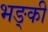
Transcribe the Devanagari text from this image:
भङ्की